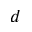
d